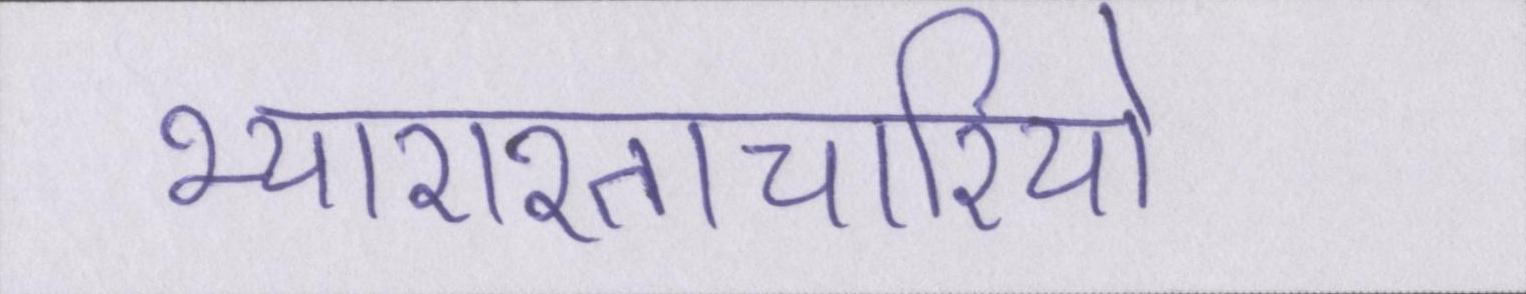
भ्याराश्ताचारियो